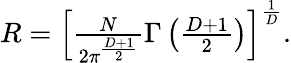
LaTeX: \begin{array}{r}{R=\left[\frac{N}{2\pi^{\frac{D+1}{2}}}\Gamma\left(\frac{D+1}{2}\right)\right]^{\frac{1}{D}}.}\end{array}